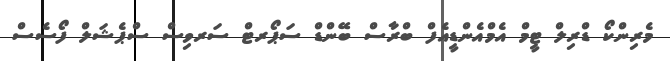
މެރިންކޯ ޑްރިލް ޓީމް އެމްއެންޑީއެފް ބްރާސް ބޭންޑް ސަޕޯރޓް ސަރވިސް ސްޕެޝަލް ފޯސެސް